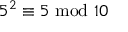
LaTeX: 5 ^ { 2 } \equiv 5 { \mathrm { ~ m o d ~ } } 1 0